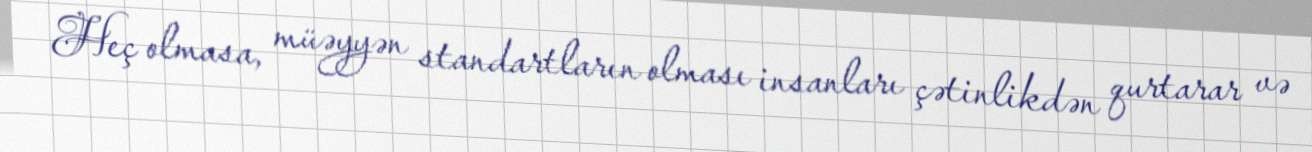
Heç olmasa, müəyyən standartların olması insanları çətinlikdən qurtarar və